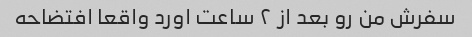
سفرش من رو بعد از ۲ ساعت اورد واقعا افتضاحه